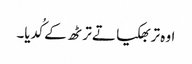
اوہ تربھکیا تے ترٹھ کے کُدیا۔